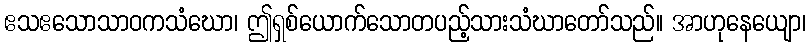
ဧသဧသောသာဝကသံဃော၊ ဤရှစ်ယောက်သောတပည့်သားသံဃာတော်သည်။ အာဟုနေယျော၊